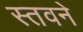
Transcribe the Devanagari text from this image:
स्तवने